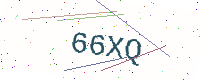
Text: 66XQ